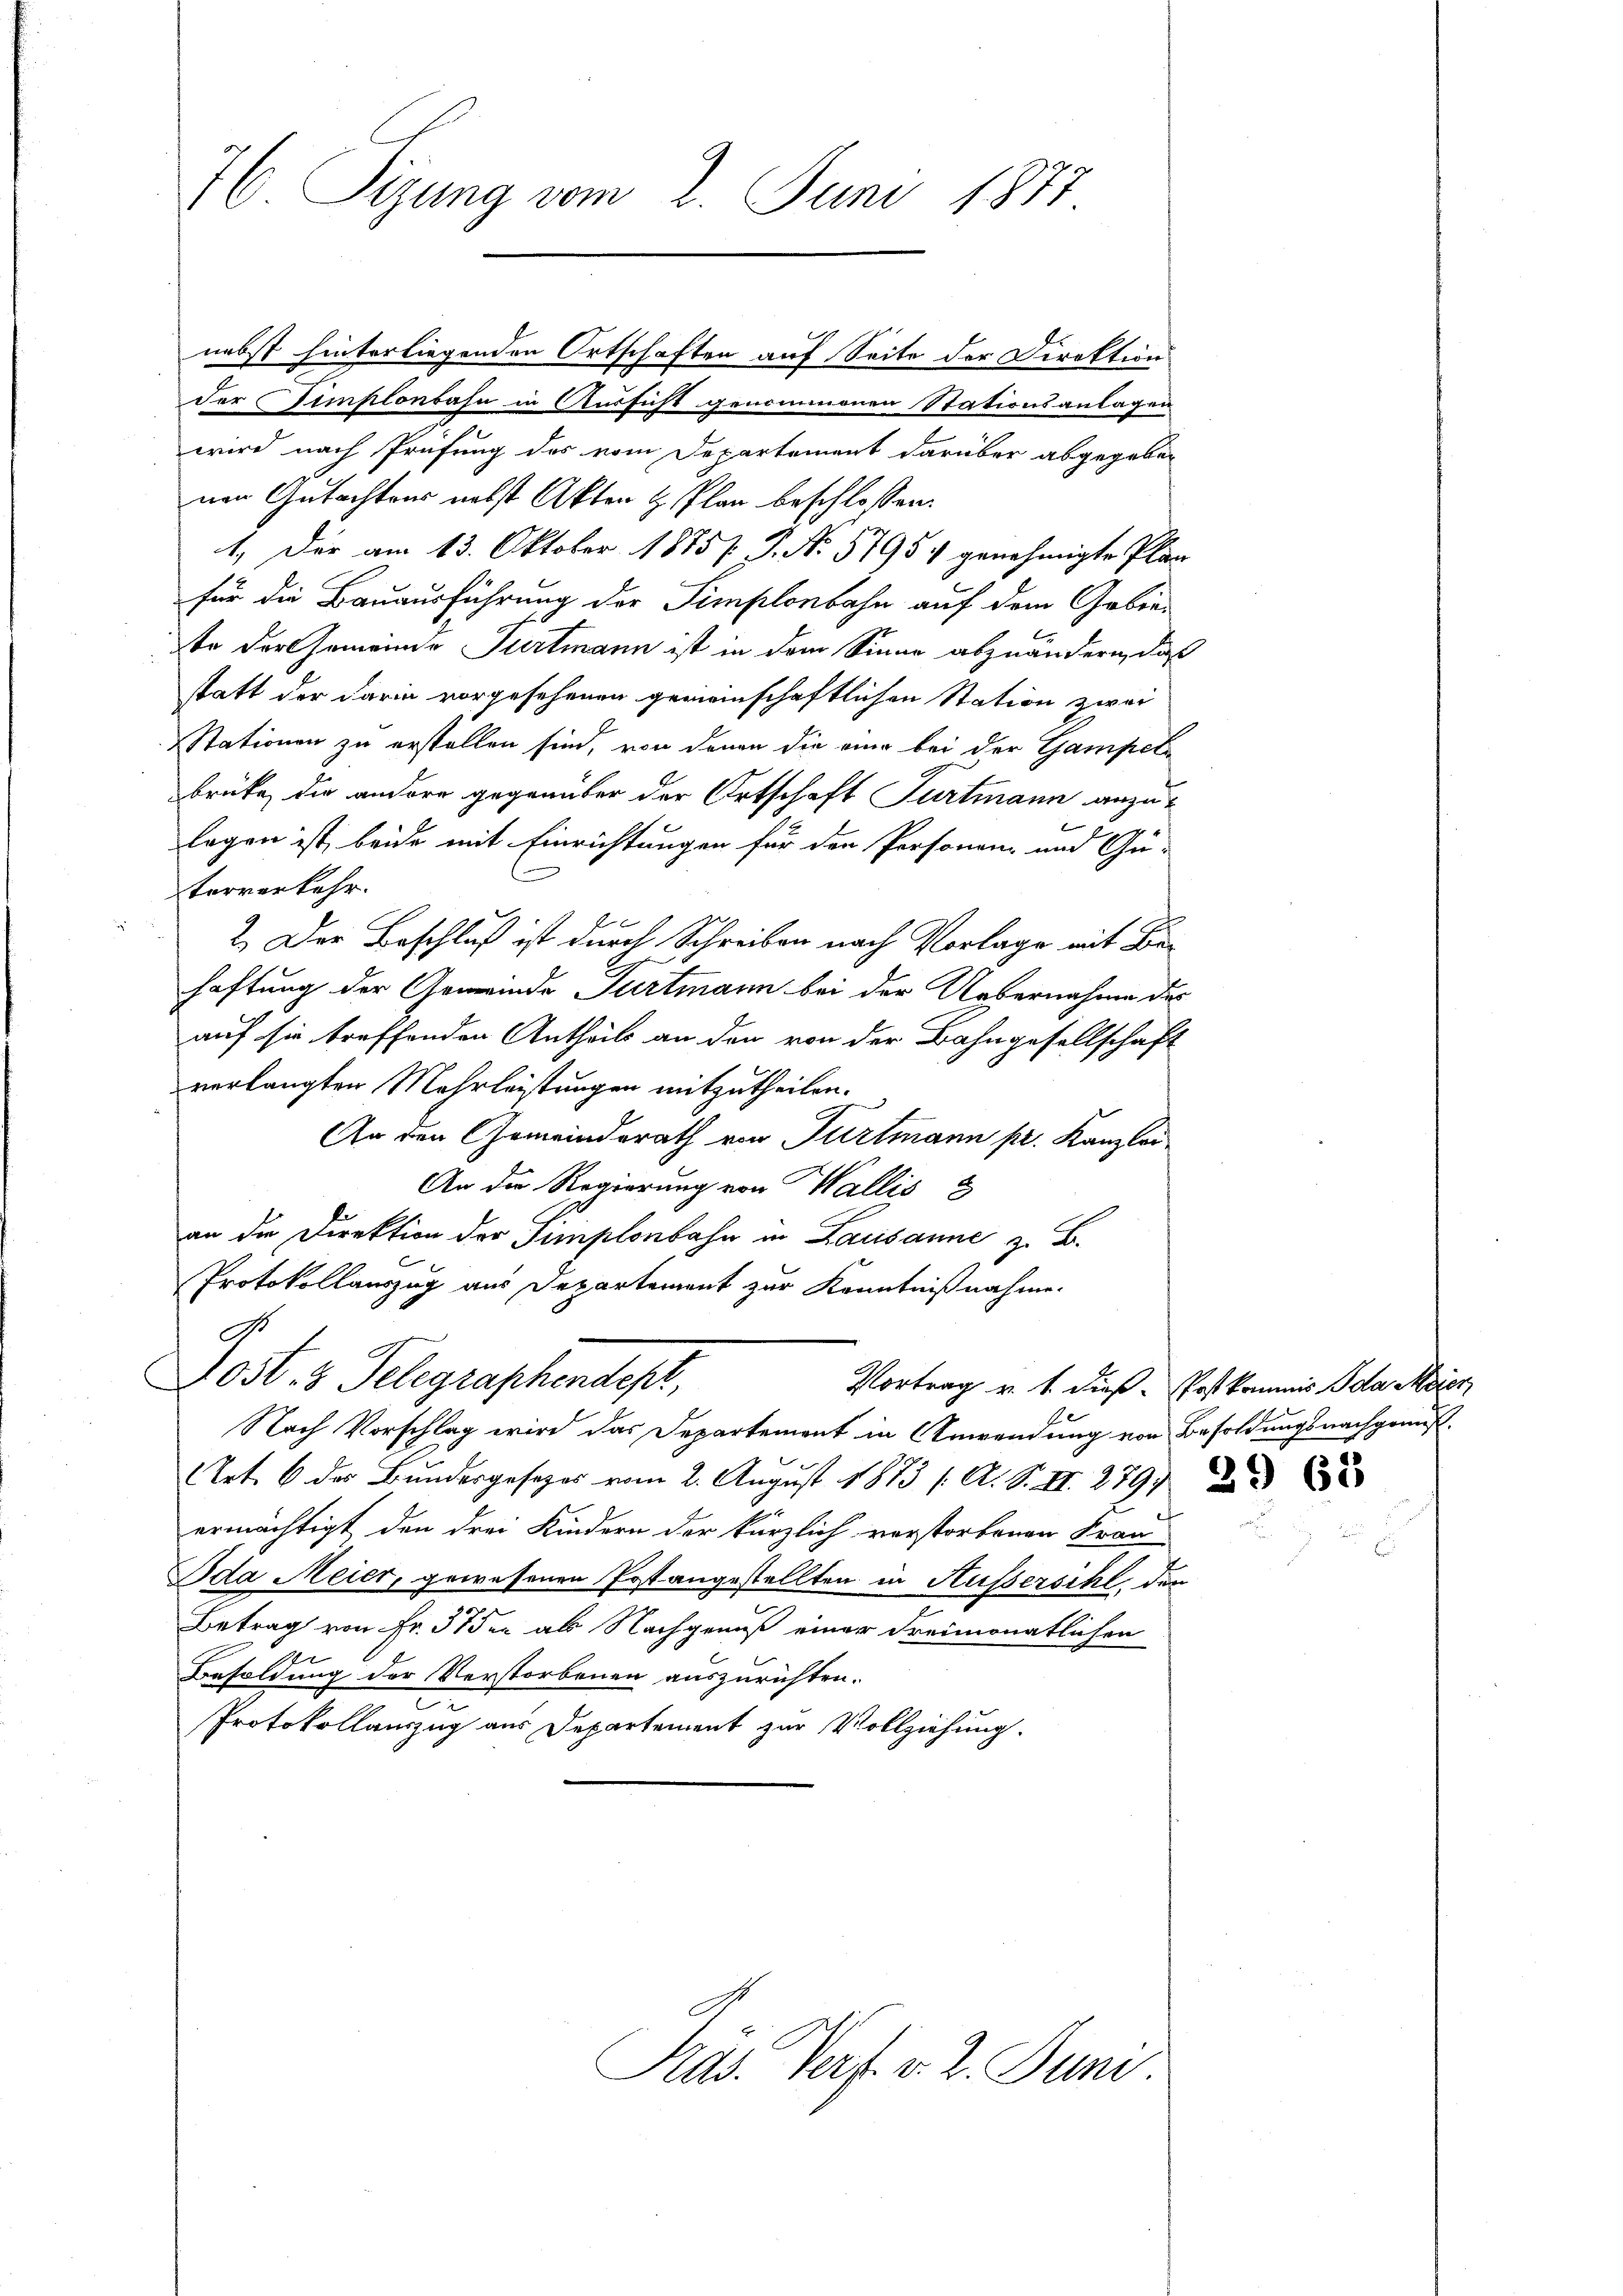
76. Sizung vom 2. Juni 1877

der Simplonbahn in Aussicht genommenen Stationsanlagen
wird nach Prüfung des vom Departement darüber abgegeben
nen Gutachtens nebst Akten & Plan beschlossen:
1. Der am 13. Oktober 1885/ P. No. 5795 & genehmigte Plän
für die Bauausführung der Simplonbahn auf dem Gebieto der Gemeinde Turtmann ist in dem Sinne abzuändern, daß
statt der darin vorgesehenen gemeinschaftlichen Station zwei
Stationen zu erstellen sind, von denen die eine bei der Gampelbrüte, die andere gegenüber der Ortschaft Turtmann anzulogen ist, beide mit Einrichtungen für den Personen- und Gu-
(
terverkehr.
2. Der Beschluß ist durch Schreiben nach Vorlage mit Behaftung der Gemeinde Turtmann bei der Uebernahme des
auf sie treffenden Antheils an den von der Bahngesellschaft
verlangten Mehrleistungen mitzutheilen.
An den Gemeindsrath von Furtmann pr. Kanzler
An die Regierung von Wallis
an die Direktion der Simplonbahn in Lausanne z. B.
Protokollauszug aus Departement zur Kenntnißnahme.
9
Lost. 3 Telegraphendept,
Vortrag v. 1. dieß. Post kommis Ida Meier
Nach Vorschlag wird das Departement in Anwendung von Besoldungsnachgemus
Art. 6 des Bundesgesezes vom 2. August 1873 /: A. S. II. 279
ermächtigt, den drei Kindern der kürzlich verstorbenen Frau
Ida Meier, gewesenen Postangestellten in Aussersihl, den
Betrag von Fr. 37 der als Nachgenuß einer Freimonatlichen
Besoldung der Verstorbenen auszurichten.
Protokollauszug aus Departement zur Vollziehung.

nebst hinterliegenden Ortschaften auf Seite der Direktion

Pras. Verf. v. 2. Juni